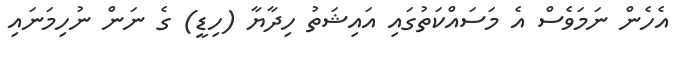
އެހެން ނަމަވެސް އެ މަސައްކަތުގައި އައިޝަތު ހިދާޔާ (ހިޑީ) ގެ ނަން ނުހިމަނައި